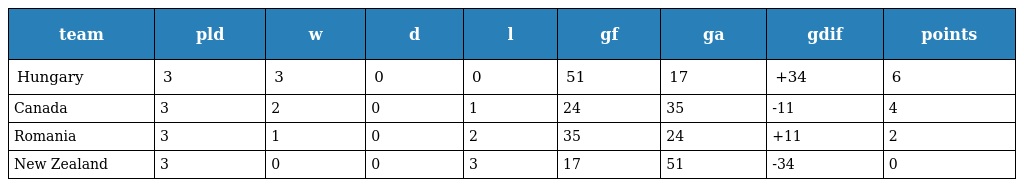
| team | pld | w | d | l | gf | ga | gdif | points |
 | --- | --- | --- | --- | --- | --- | --- | --- | --- |
 | Hungary | 3 | 3 | 0 | 0 | 51 | 17 | +34 | 6 |
 | Canada | 3 | 2 | 0 | 1 | 24 | 35 | -11 | 4 |
 | Romania | 3 | 1 | 0 | 2 | 35 | 24 | +11 | 2 |
 | New Zealand | 3 | 0 | 0 | 3 | 17 | 51 | -34 | 0 |